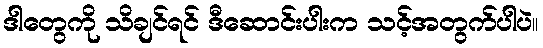
ဒါတွေကို သိချင်ရင် ဒီဆောင်းပါးက သင့်အတွက်ပါပဲ။